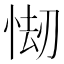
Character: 㥘